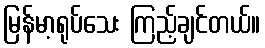
မြန်မာ့ရုပ်သေး ကြည့်ချင်တယ်။